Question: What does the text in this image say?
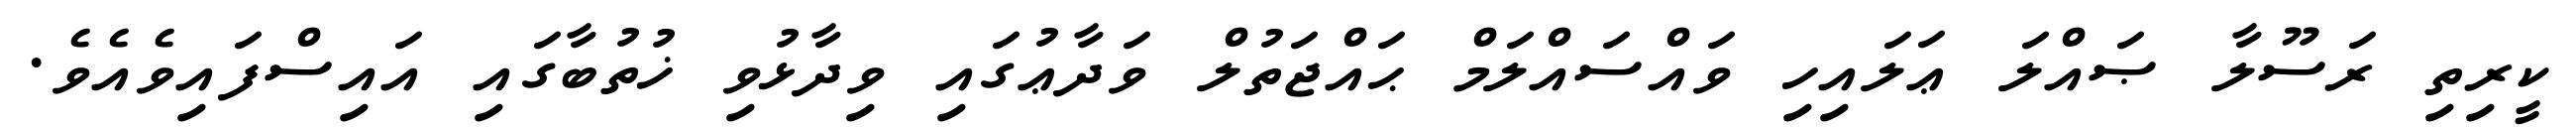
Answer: ކީރިތި ރަސޫލާ ޞައްލަ ޢަލައިހި ވައްސައްލަމް ޙައްޖަތުލް ވަދާޢުގައި ވިދާޅުވި ޚުތުބާގައި އައިސްފައިވެއެވެ.